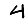
Digit: 4